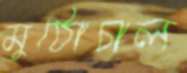
মুঠোচাল